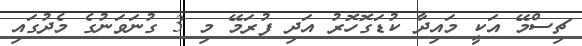
ޗިސްމޭ އަކީ މައިދާ ކުޑަގޮހޮރު އަދި ފުރަމޭ މި 3 ގުނަވަނުގެ މެދުގައި